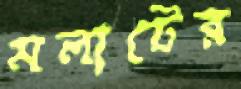
মলাটের